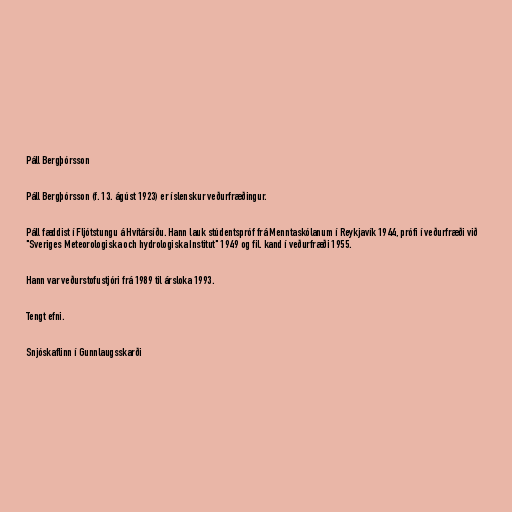
Páll Bergþórsson

Páll Bergþórsson (f. 13. ágúst 1923) er íslenskur veðurfræðingur.

Páll fæddist í Fljótstungu á Hvítársíðu. Hann lauk stúdentspróf frá Menntaskólanum í Reykjavík 1944, prófi í veðurfræði við
"Sveriges Meteorologiska och hydrologiska Institut" 1949 og fil. kand í veðurfræði 1955.

Hann var veðurstofustjóri frá 1989 til ársloka 1993.

Tengt efni.

Snjóskaflinn í Gunnlaugsskarði